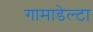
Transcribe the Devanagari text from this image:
गामाडेल्टा